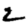
Digit: 2